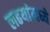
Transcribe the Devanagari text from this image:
लढयांमध्ये